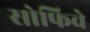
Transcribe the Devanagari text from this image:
सोफिचे